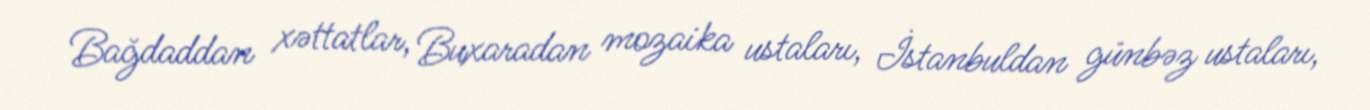
Bağdaddan xəttatlar, Buxaradan mozaika ustaları, İstanbuldan günbəz ustaları,